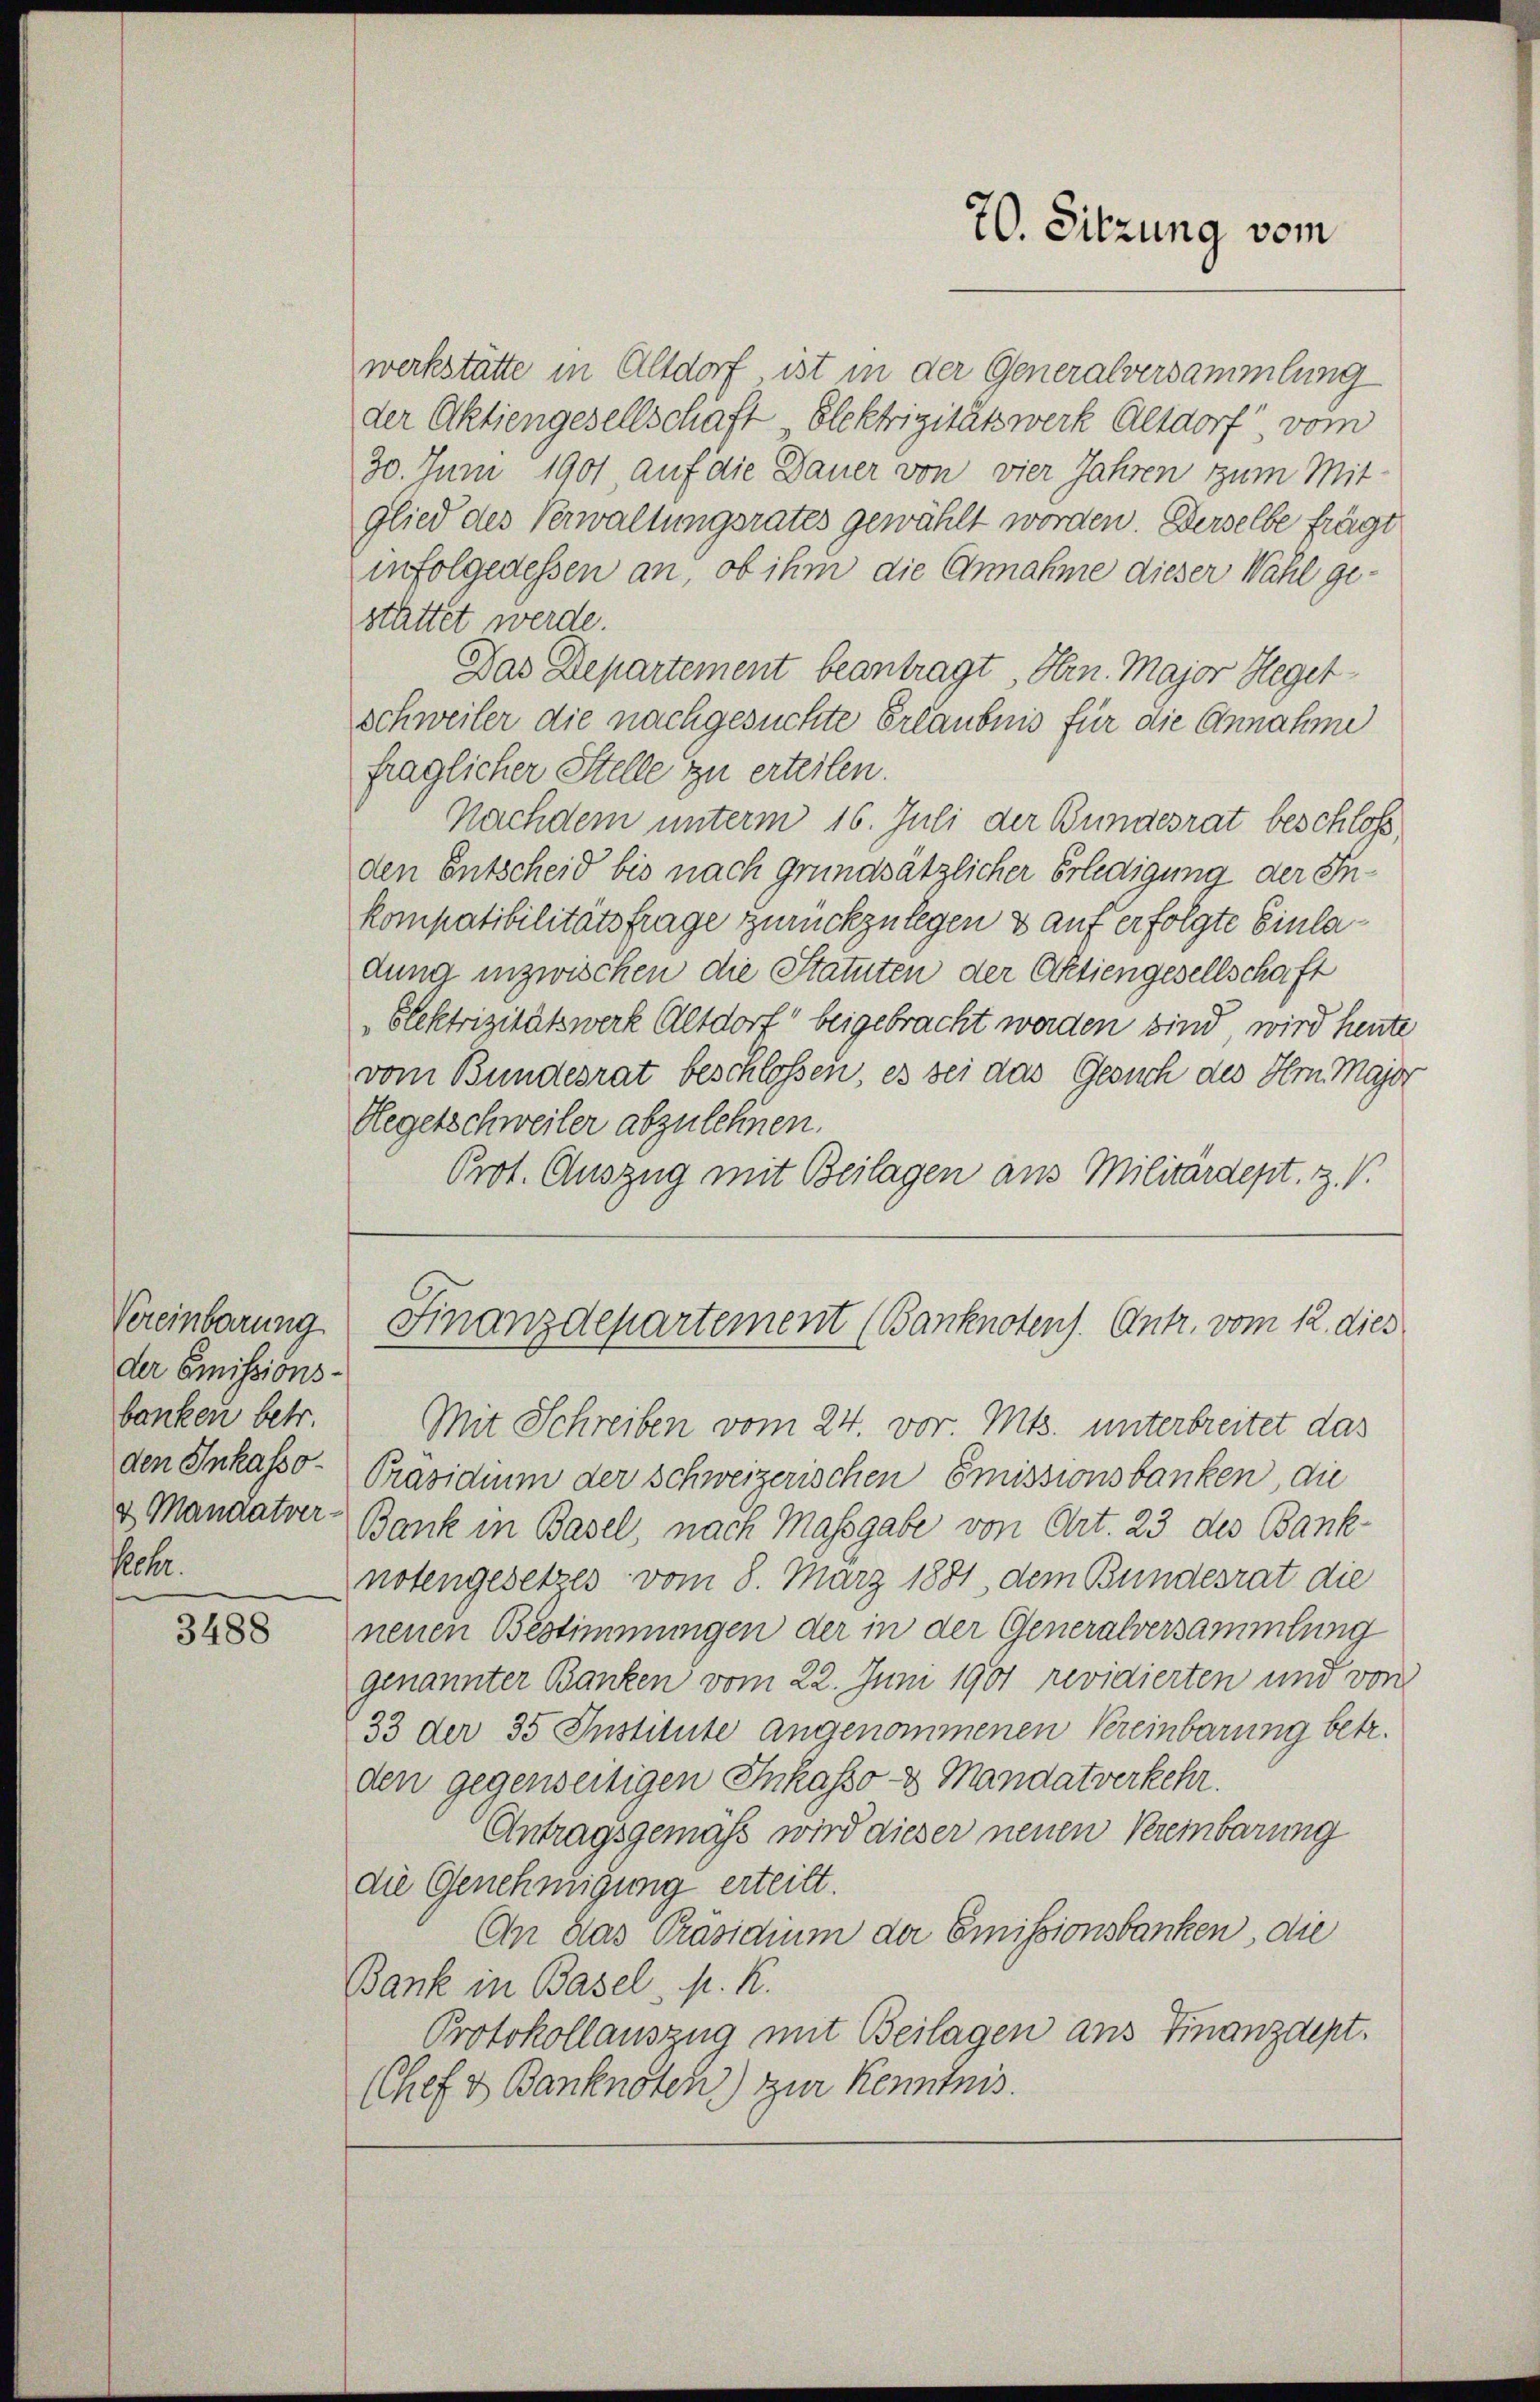
Vereinbarung
der Emissions-
banken betr.
den Inkasso-
& Manaatver
Pecher.

3488

werkstätte in Altdorf ist in der Generalversammlung
der Aktiengesellschaft, Elektrizitätswerk Altdorf, vom
30. Juni 1901 auf die Dauer von vier Jahren zum Mit-
glied des Verwaltungsrates gewählt worden. Derselbe frägt
infolgedessen an, ob ihm die Annahme dieser Wahl gestattet werde.
Das Departement beantragt, Hrn. Major Heget
schweiler die nachgesuchte Erlaubnis für die Annahme
fraglicher Stelle zu erteilen.
Nachdem unterm 16. Juli der Bundesrat beschloß,
den Entscheid bis nach grundsätzlicher Erledigung der Inkompatibilitätsfrage zurückzulegen & auf erfolgte Einladung inzwischen die Statuten der Aktiengesellschaft
blektrizitätswerk Altdorf beigebracht werden sind, wird heute
vom Bundesrat beschlossen, es sei das Gesuch des Hrn. Maja
Hegetschweiler abzulehnen.
Prot. Auszug mit Beilagen aus Militärdept. Z. V.
Finanzdepartement (Banknotens. Antr. vom 12. dies
Mit Schreiben vom 24. vor. Mts. unterbreitet das
Präsidium der Schweizerischen Emissionsbanken, die
Bank in Basel, nach Massgabe von Art. 23 des Banknotengesetzes vom 8. März 1881, dem Bundesrat die
neuen Bestimmungen der in der Generalversammlung
genannter Banken vom 22. Juni 1901 revidierten und von
33 der 35 Institute angenommenen Vereinbarung betr.
den gegenseitigen Inkasso & Mandatverkehr.
Antragsgemäß wird dieser neuen Kreinbarung
die Genehmigung erteilt.
An das Präsidium der Emissionsbanken, die
Bank in Basel. pr. K.
Protokollauszug mit Beilagen ans Finanzdept.
(Chef v. Banknoten) zur Kenntnis.

70. Sitzung vom